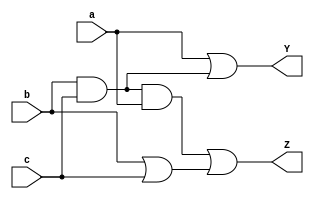
module YZ_dut(a, b, c, Y, Z);

    input  a, b, c;
    
    output Y, Z;
    
    wire  e, f, g;
    
    
    
    and A1(e, b, c);
    and A2(f, e, a);
    or O1(g, b, c);
    or O2(Y, a, e );
    or O3(Z, f, g);
     
endmodule